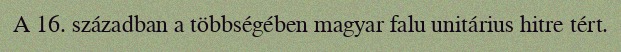
A 16. században a többségében magyar falu unitárius hitre tért.